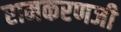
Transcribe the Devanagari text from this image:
रामकरणजी